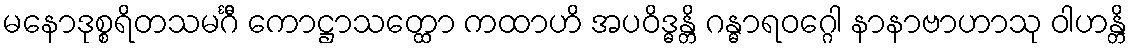
မနောဒုစ္စရိတသမင်္ဂီ ကောဋ္ဌာသတ္ထော ကထာဟိ အပဝိဒ္ဓန္တိ ဂန္ဓာရဝဂ္ဂေါ နာနာဗာဟာသု ဝါဟန္တိ